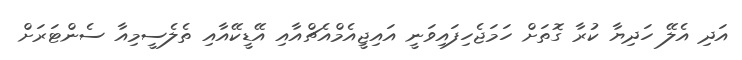
އަދި އެލޭ ހަދިޔާ ކުރާ ގޮތަށް ހަމަޖެހިފައިވަނީ އައިޖީއެމްއެޗްއާއި އޭޑީކޭއާއި ތެލެސީމިއާ ސެންޓަރަށް